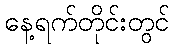
နေ့ရက်တိုင်းတွင်